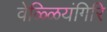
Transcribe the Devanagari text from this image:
वेळ्ळियंगिरि